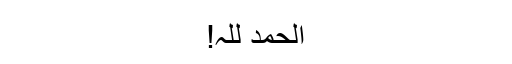
الحمد للہ!